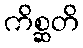
ကိစ္ဆတိ